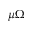
\mu \Omega